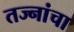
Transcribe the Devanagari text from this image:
तज्नांचा